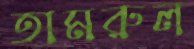
তামরুল